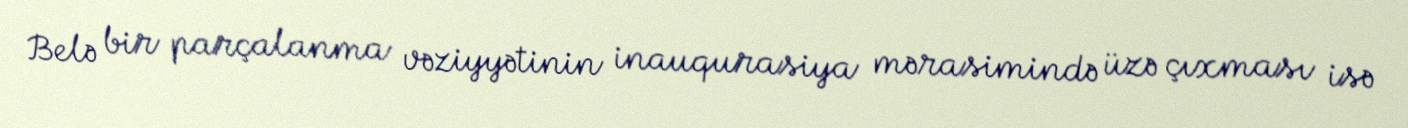
Belə bir parçalanma vəziyyətinin inauqurasiya mərasimində üzə çıxması isə